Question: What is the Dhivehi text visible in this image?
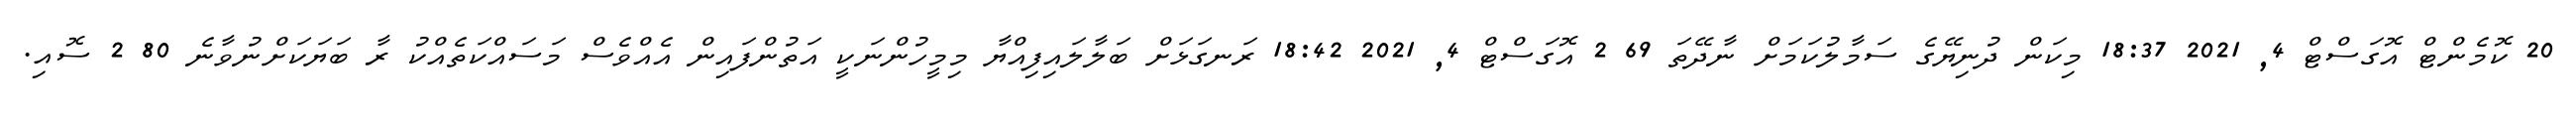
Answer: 20 ކޮމެންޓް އޮގަސްޓް 4, 2021 18:37 މިކަން ދުނިޔޭގެ ސަމާލުކަމަށް ނާދޭތަ 69 2 އޮގަސްޓް 4, 2021 18:42 ރަނގަޅަށް ބަލާލައިފިއްޔާ މިމީހުންނަކީ އަތުންފައިން އެއްވެސް މަސައްކަތެއްކު ރާ ބަޔަކަށްނުވާނެ 80 2 ސޮއި.